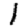
Digit: 1